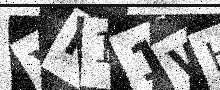
Text: XK11WH